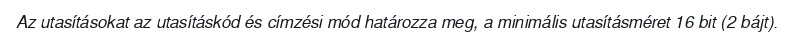
Az utasításokat az utasításkód és címzési mód határozza meg, a minimális utasításméret 16 bit (2 bájt).